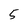
Character: 5